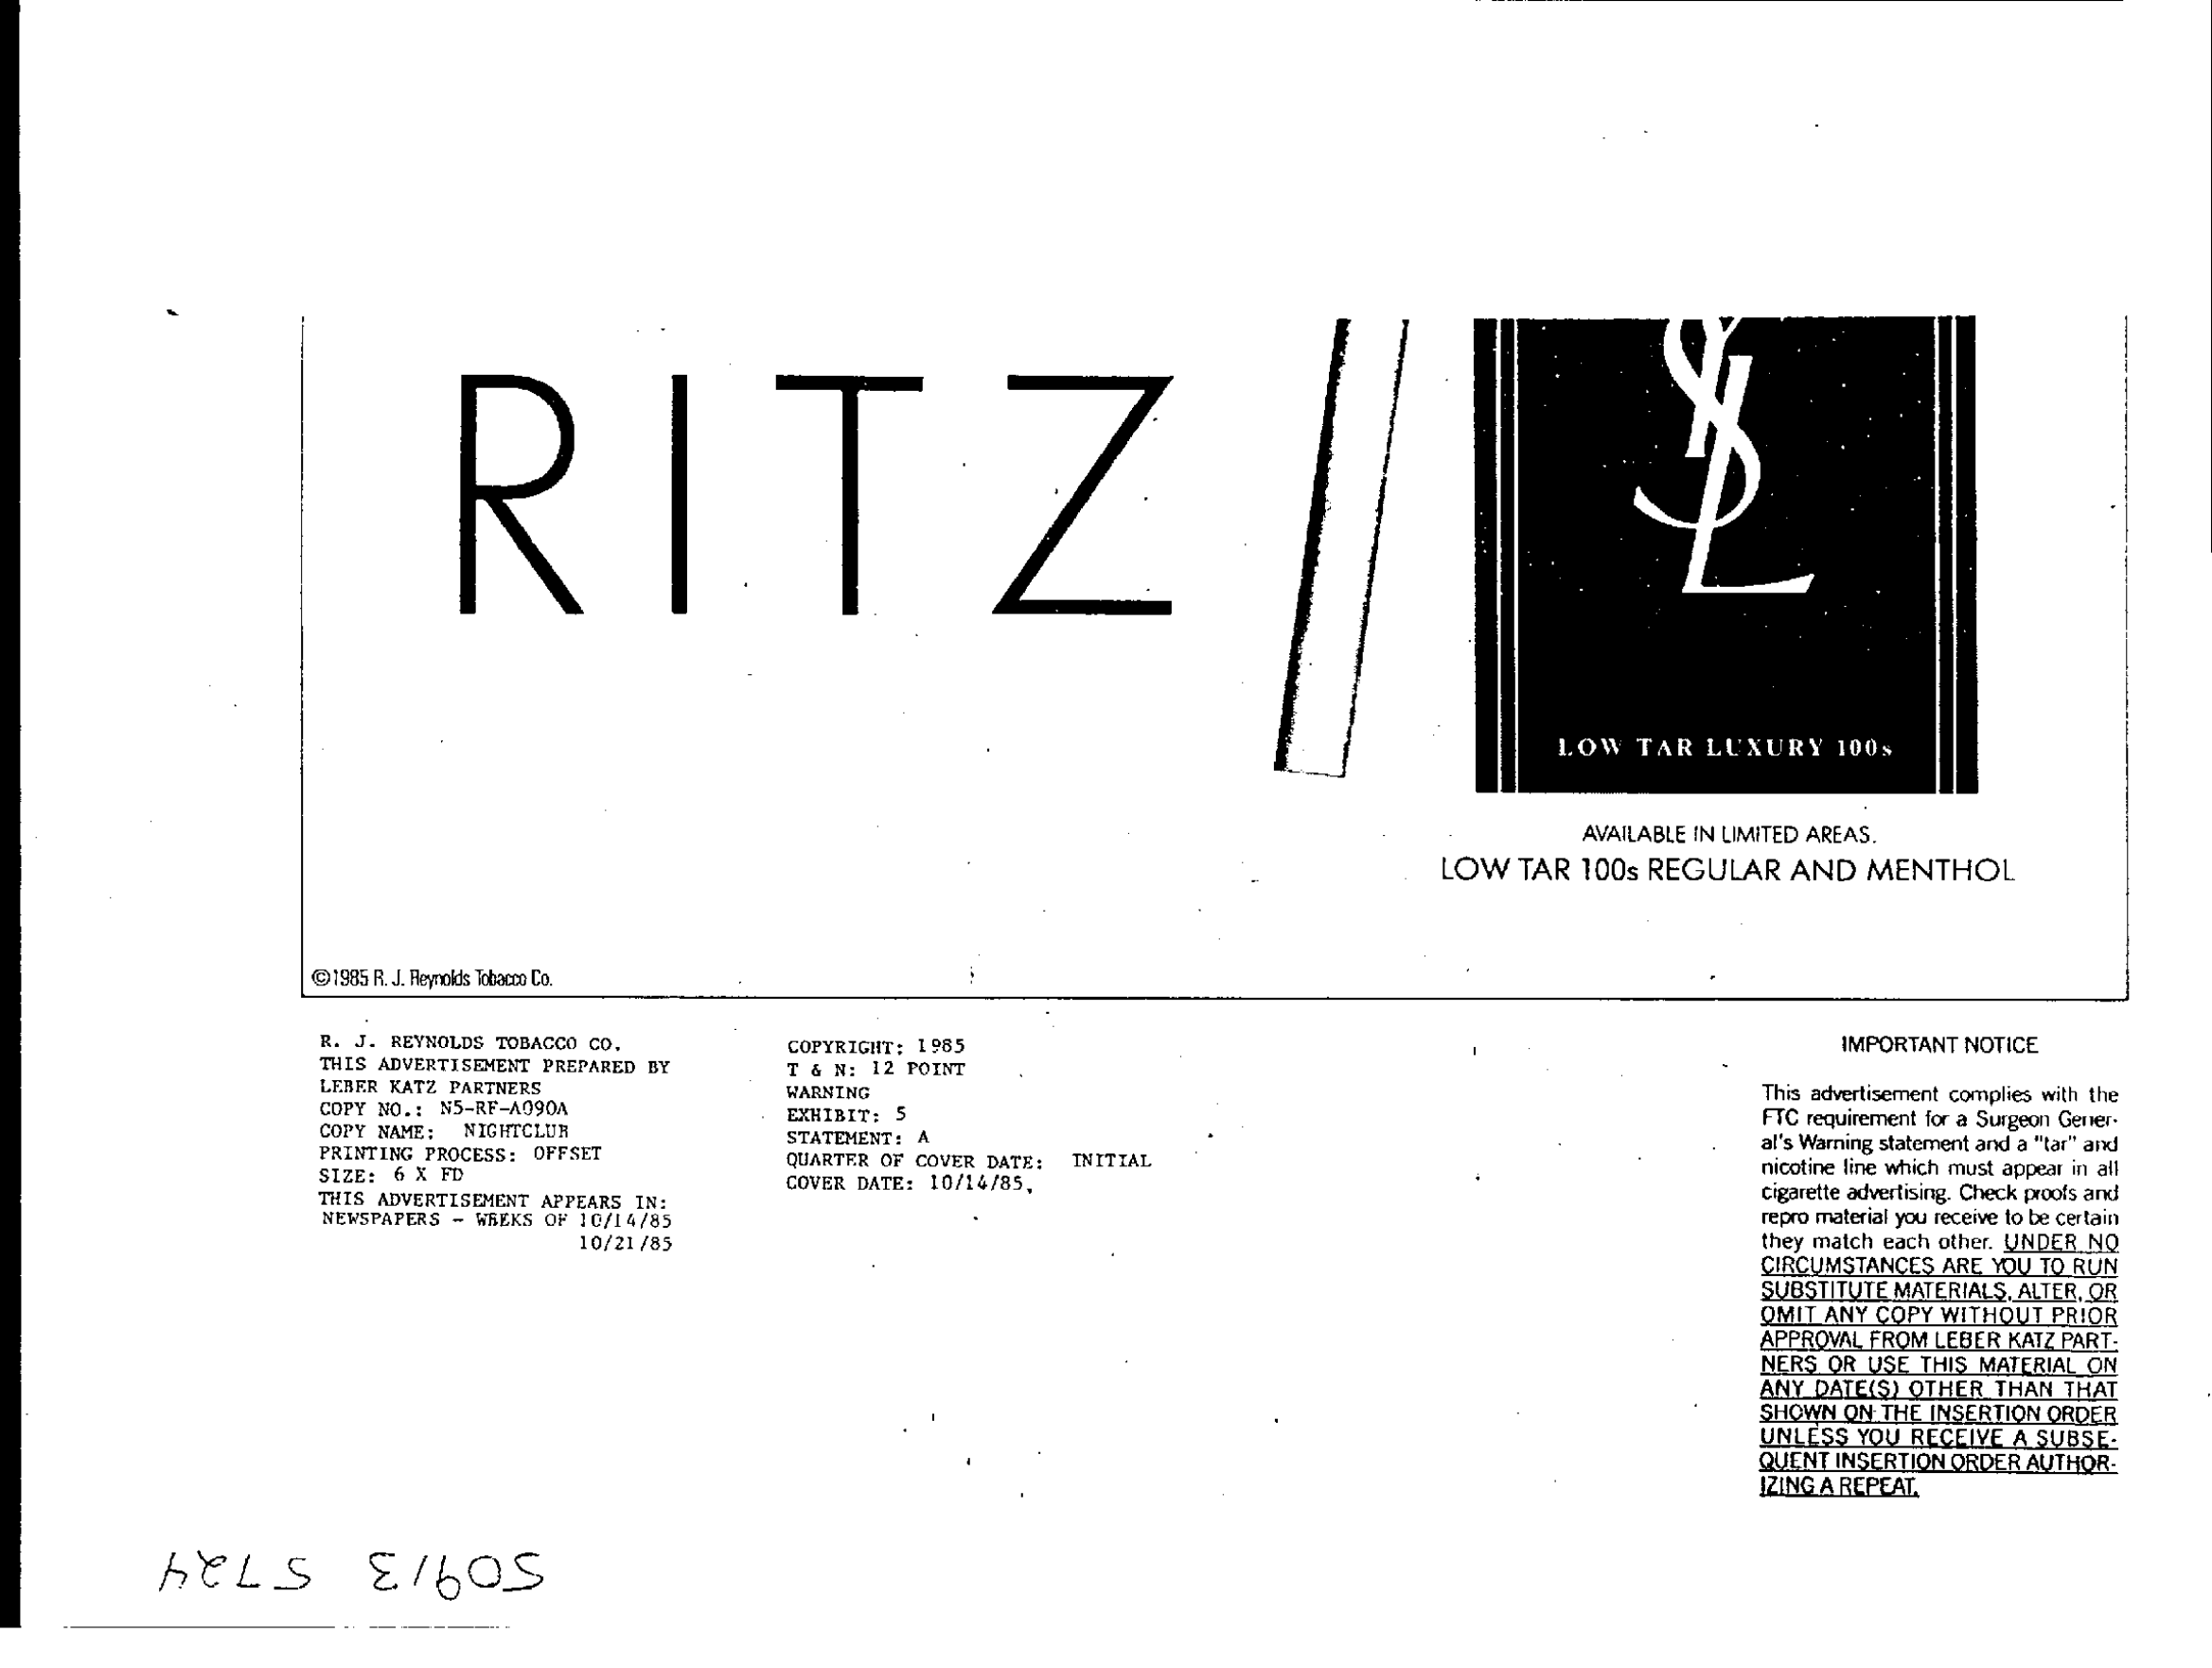
RITZ
     LOW TAR LUXURY 100%
     AVAILABLE IN LIMITED AREAS.
     LOW TAR 100s REGULAR AND MENTHOL
     @1985 R. J. Reynolds Tobacco Co.
     R. J. REYNOLDS TOBACCO CO.    IMPORTANT NOTICE
     THIS ADVERTISEMENT PREPARED BY
     COPYRIGHT: 1985
     LEBER KATZ PARTNERS
     T & N: 12 POINT
     COPY NO .: N5-RF-A090A
     WARNING    This advertisement complies with the
     FTC requirement for a Surgeon Gener-
     COPY NAME: NIGHTCLUB
     EXHIBIT: 5
     PRINTING PROCESS: OFFSET
     STATEMENT: A    al's Warning statement and a "tar" and
     SIZE: 6 X FD
     QUARTER OF COVER DATE: INITIAL
     COVER DATE: 10/14/85.
     nicotine line which must appear in all
     THIS ADVERTISEMENT APPEARS IN:    Cigarette advertising. Check proofs and
     NEWSPAPERS - WEEKS OF 10/14/85    repro material you receive to be certain
     10/21 /85    they match each other. UNDER NO
     CIRCUMSTANCES ARE YOU TO RUN
     SUBSTITUTE MATERIALS. ALTER, OR
     OMIT ANY COPY WITHOUT PRIOR
     APPROVAL FROM LEBER KATZ PART.
     NERS OR USE THIS MATERIAL ON
     ANY DATE(S) OTHER THAN THAT
     SHOWN ON THE INSERTION ORDER
     UNLESS YOU RECEIVE A SUBSE.
     QUENT INSERTION ORDER AUTHOR:
     IZING A REPEAT
     509/3 5724